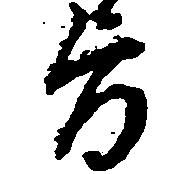
旨